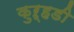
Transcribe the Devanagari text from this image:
कुऱ्हडी